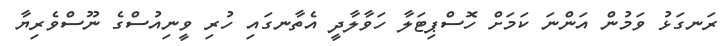
ރަނގަޅު ވަމުން އަންނަ ކަމަށް ހޮސްޕިޓަލާ ހަވާލާދީ އެތާނގައި ހުރި ވީނިއުސްގެ ނޫސްވެރިޔާ